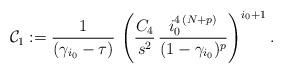
LaTeX: \begin{align*}\mathcal{C}_1:=\frac{1}{(\gamma_{i_0}-\tau)}\,\left(\frac{C_4}{s^2}\,\frac{i_0^{4\,(N+p)}}{(1-\gamma_{i_0})^p}\right)^{i_0+1}.\end{align*}